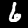
Digit: 6